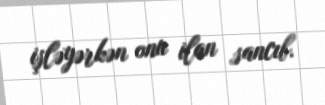
işləyərkən onu ilan sancıb.